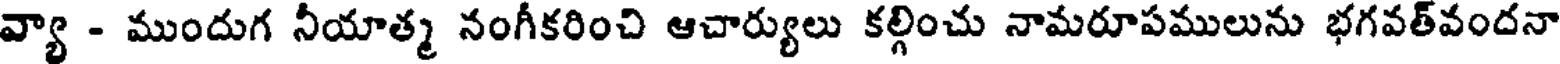
వ్యా - ముందుగ నీయాత్మ నంగీకరించి ఆచార్యులు కల్గించు నామరూపములును భగవత్వందనా